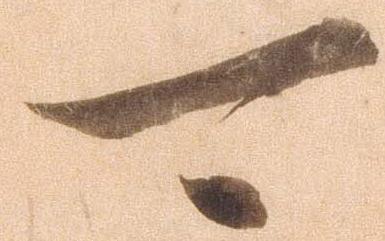
可